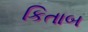
કિતાબ